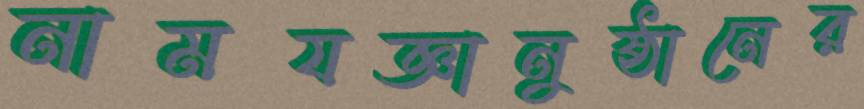
নামযজ্ঞানুষ্ঠানের